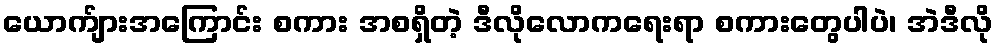
ယောက်ျားအကြောင်း စကား အစရှိတဲ့ ဒီလိုလောကရေးရာ စကားတွေပါပဲ၊ အဲဒီလို